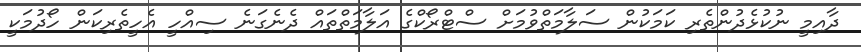
ދާއިމީ ނުކުޅެދުންތެރި ކަމަކުން ސަލާމަތްވުމަށް ސްޓްރޯކްގެ އަލާމަތްތައް ދެނެގަނެ ސިއްހީ އެހީތެރިކަން ހޯދުމަކީ